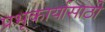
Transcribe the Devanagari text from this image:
प्रभूकार्यासाठी